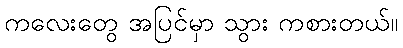
ကလေးတွေ အပြင်မှာ သွား ကစားတယ်။